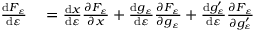
\begin{array} { r l } { { \frac { \mathrm { d } F _ { \varepsilon } } { \mathrm { d } \varepsilon } } } & { { } = { \frac { \mathrm { d } x } { \mathrm { d } \varepsilon } } { \frac { \partial F _ { \varepsilon } } { \partial x } } + { \frac { \mathrm { d } g _ { \varepsilon } } { \mathrm { d } \varepsilon } } { \frac { \partial F _ { \varepsilon } } { \partial g _ { \varepsilon } } } + { \frac { \mathrm { d } g _ { \varepsilon } ^ { \prime } } { \mathrm { d } \varepsilon } } { \frac { \partial F _ { \varepsilon } } { \partial g _ { \varepsilon } ^ { \prime } } } } \end{array}